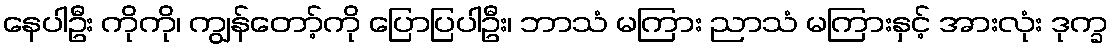
နေပါဦး ကိုကို၊ ကျွန်တော့်ကို ပြောပြပါဦး၊ ဘာသံ မကြား ညာသံ မကြားနှင့် အားလုံး ဒုက္ခ